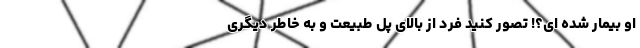
او بیمار شده ای؟! تصور کنید فرد از بالای پل طبیعت و به خاطر دیگری